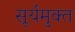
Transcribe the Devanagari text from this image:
सूर्यमुक्त